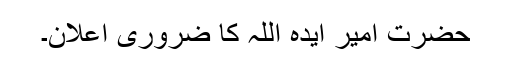
حضرت امیر ایدہ اللہ کا ضروری اعلان۔